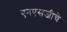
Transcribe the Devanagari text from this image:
एनएसजीचे